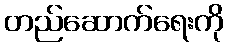
တည်ဆောက်ရေးကို